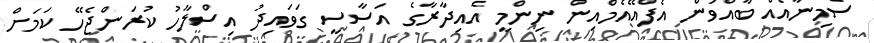
ސެމިނާއެއް ބާއްވަން އެފްއޭއެމްއިން ނިންމީ އެއިދާރާގެ އަސާސީ ގަވައިދު އިސްލާހު ކުރަންޖެހޭ ކަމަށް